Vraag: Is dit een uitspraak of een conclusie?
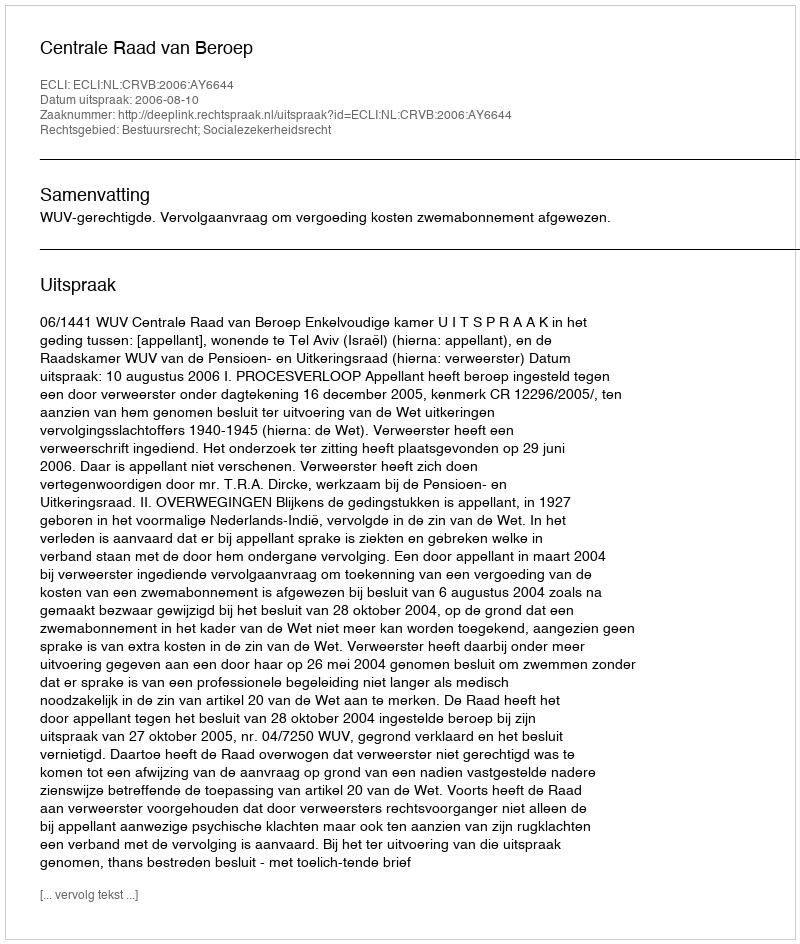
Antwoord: Uitspraak